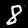
Digit: 8